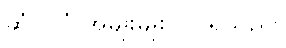
ဆံပင်ပုံ အမျိုးမျိုး ပြင်ရသည်။